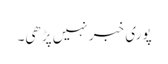
پوری خبر نہیں پڑھی۔